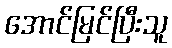
အောင်မြင်ပြီးသူ